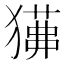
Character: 𤢁